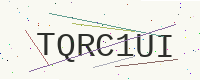
Text: TQRC1UI